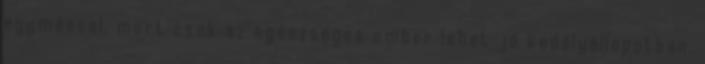
egymással, mert csak az egészséges ember lehet jó kedélyállapotban.